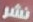
نشر